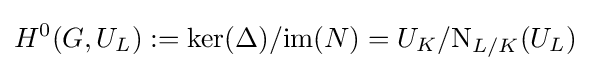
H^{0}(G,U_{L}):=\ker(\Delta )/\mathrm {im} (N)=U_{K}/\mathrm {N} _{L/K}(U_{L})